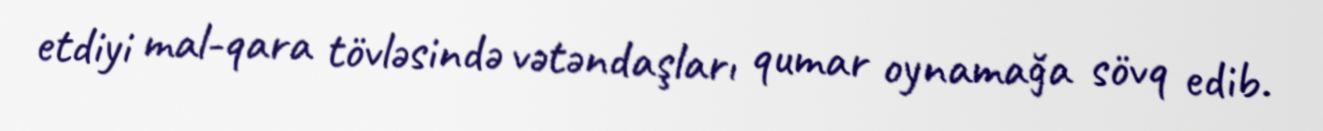
etdiyi mal-qara tövləsində vətəndaşları qumar oynamağa sövq edib.